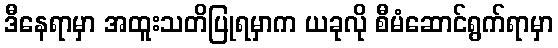
ဒီနေရာမှာ အထူးသတိပြုရမှာက ယခုလို စီမံဆောင်ရွက်ရာမှာ